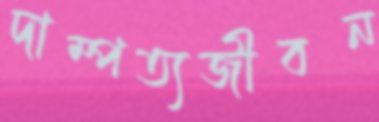
দাম্পত্যজীবন